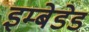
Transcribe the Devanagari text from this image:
इम्बेडेड